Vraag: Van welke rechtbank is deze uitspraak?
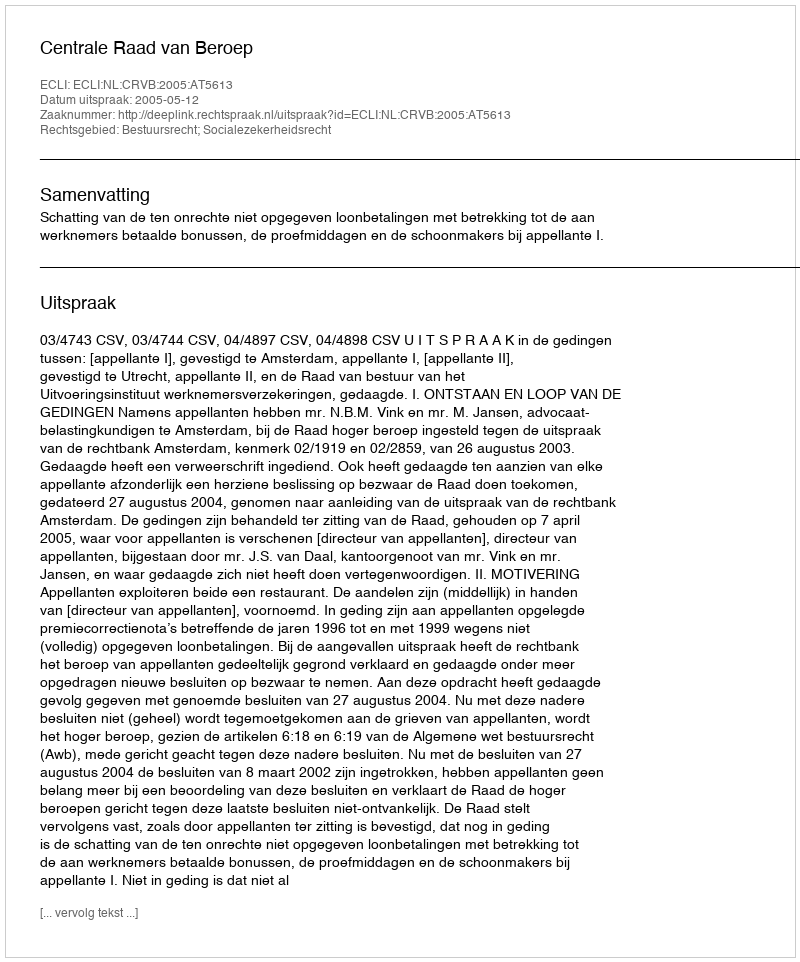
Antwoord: Centrale Raad van Beroep